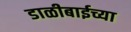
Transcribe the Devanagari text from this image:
डाळीबाईच्या